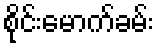
စိုင်းမောက်ခမ်း